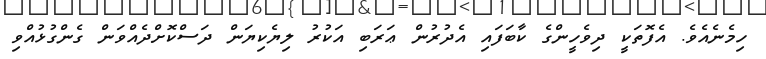
ހިމެނެއެވެ. އެފޮތަކީ ދިވެހީންގެ ކާބަފައި އެދުރުން ޢަރަބި އަކުރު ލިޔެކިޔަން ދަސްކޮށްދެއްވަން ގެންގުޅުއްވި